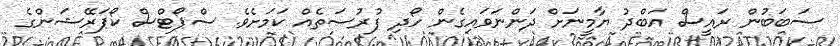
ސަބަބުން ރައީސް އަބްދު ޔާމީނަށް ދަންނަވައިގެން ހޯދި ފުރުސަތެއް ކަމަށެވެ. ސްޕޯޓްސް ކޯޕަރޭޝަންގެ